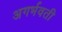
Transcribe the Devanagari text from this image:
अगर्भवती